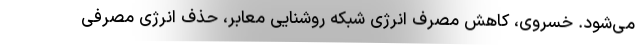
می‌شود. خسروی، کاهش مصرف انرژی شبکه روشنایی معابر، حذف انرژی مصرفی